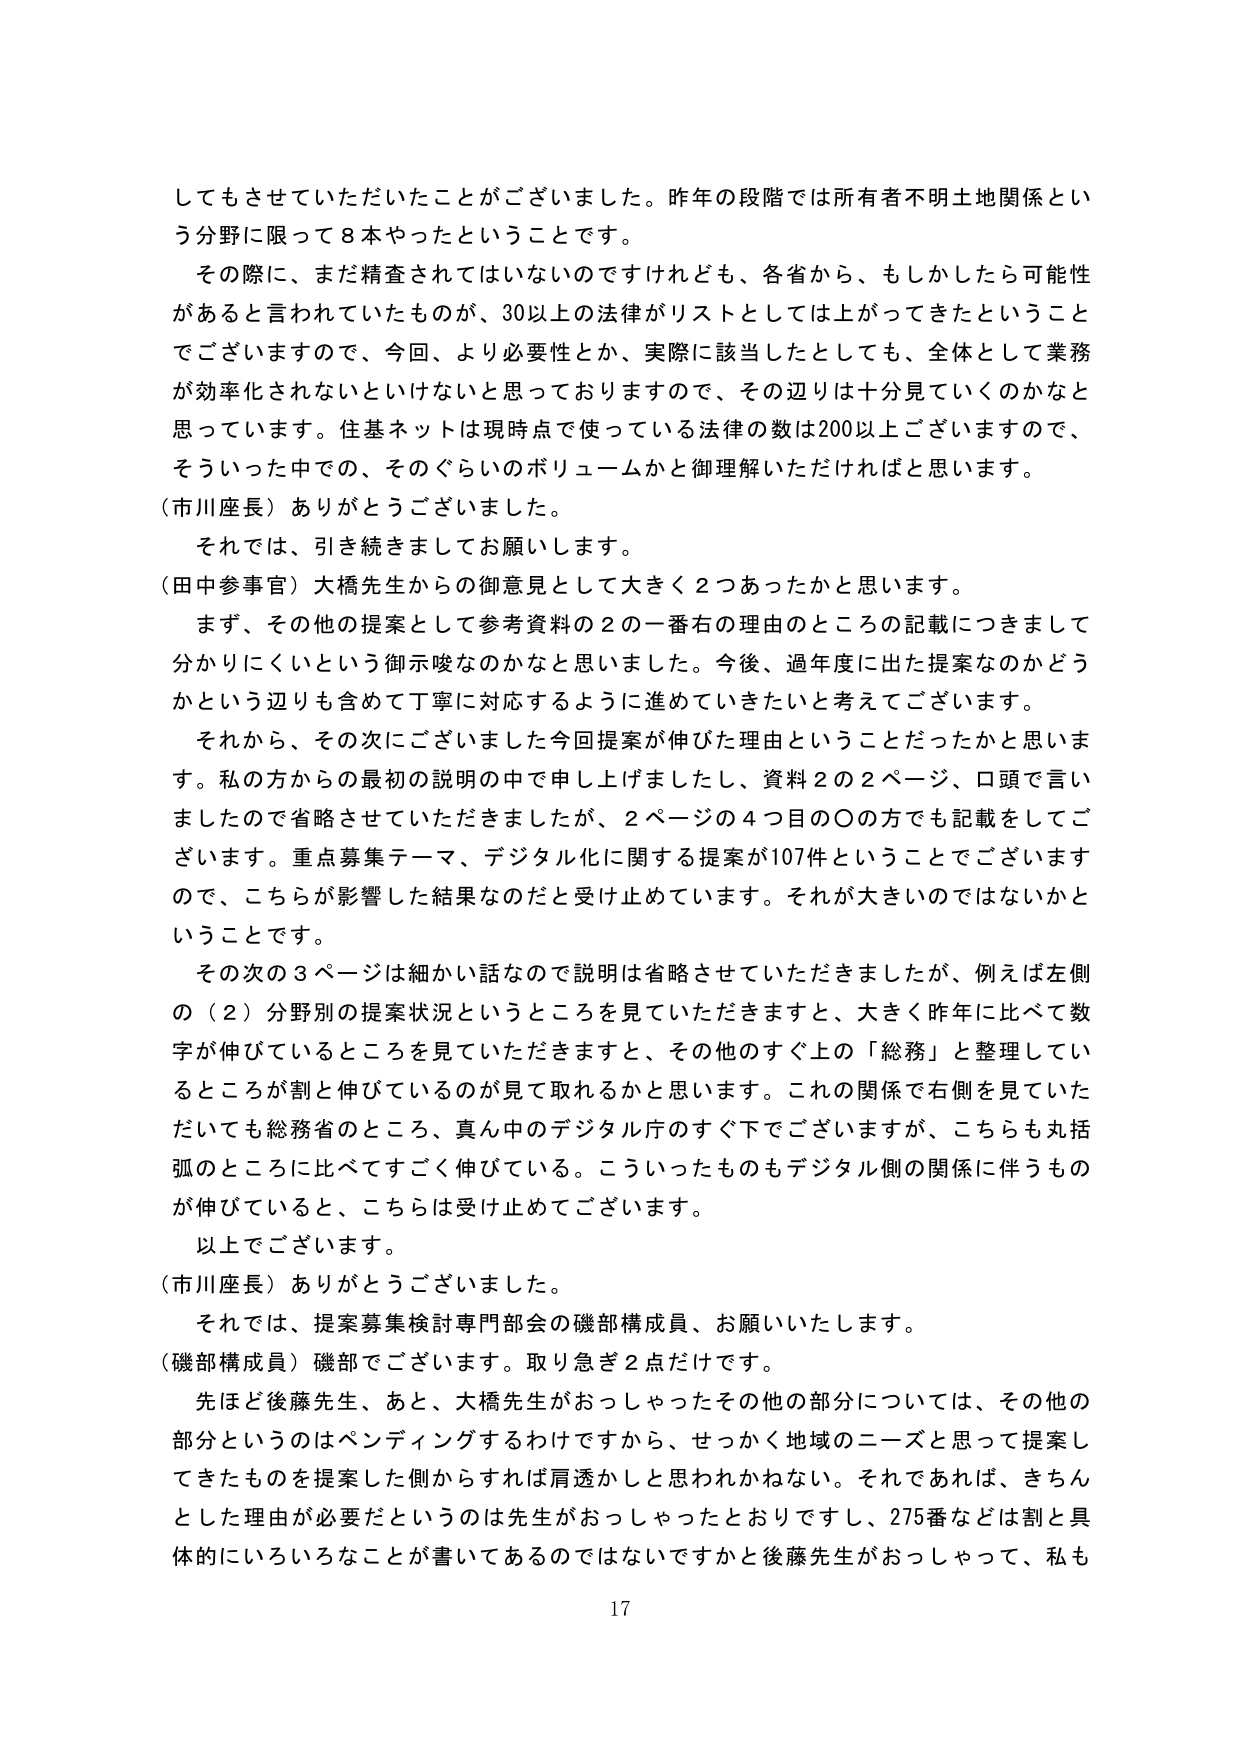
してもさせていただいたことがございました。昨年の段階では所有者不明土地関係という分野に限って8本やったということです。

その際に、まだ精査されてはいないのですけれども、各省から、もしかしたら可能性があると言われていたものが、30以上の法律がリストとしては上がってきたということでございますので、今回、より必要性とか、実際に該当したとしても、全体として業務が効率化されないといけないと思っておりますので、その辺りは十分見ていくのかなと思っています。住基ネットは現時点で使っている法律の数は200以上ございますので、そういった中での、そのぐらいのボリュームかと御理解いただければと思います。

（市川座長）ありがとうございました。

それでは、引き続きましてお願いします。

（田中参事官）大橋先生からの御意見として大きく2つあったかと思います。

まず、その他の提案として参考資料の2の一番右の理由のところの記載につきまして分かりにくいという御示唆なのかなと思いました。今後、過年度に出た提案なのかどうかという辺りも含めて丁寧に対応するように進めていきたいと考えております。

それから、その次にございました今回提案が伸びた理由ということだったかと思います。私の方からの最初の説明の中で申し上げましたし、資料2の2ページ、口頭で言いましたので省略させていただきましたが、2ページの4つ目の〇の方でも記載をしてございます。重点募集テーマ、デジタル化に関する提案が107件ということでございますので、こちらが影響した結果なのだと受け止めています。それが大きいのではないかということです。

その次の3ページは細かい話なので説明は省略させていただきましたが、例えば左側の（2）分野別の提案状況というところを見ていただきますと、大きく昨年と比べて数字が伸びているところを見ていただきますと、その他のすぐ上の「総務」と整理しているところが割と伸びているのが見て取れるかと思います。これの関係で右側を見ていただいても総務省のところ、真ん中のデジタル庁のすぐ下でございますが、こちらも丸括弧のところに比べてすごく伸びている。こういったものもデジタル側の関係に伴うものが伸びていると、こちらは受け止めてございます。

以上でございます。

（市川座長）ありがとうございました。

それでは、提案募集検討専門部会の磯部構成員、お願いいたします。

（磯部構成員）磯部でございます。取り急ぎ2点だけです。

先ほど後藤先生、あと、大橋先生がおっしゃったその他の部分については、その他の部分というのはペンディングするわけですから、せっかく地域のニーズと思って提案してきたものを提案した側からすれば肩透かしと思われかねない。それであれば、きちんとした理由が必要だというのは先生がおっしゃったとおりですし、275番などは割と具体的にいろいろなことが書いてあるのではないですかと後藤先生がおっしゃって、私も

17